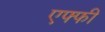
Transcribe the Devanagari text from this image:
एफ्फी